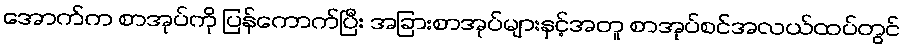
အောက်က စာအုပ်ကို ပြန်ကောက်ပြီး အခြားစာအုပ်များနှင့်အတူ စာအုပ်စင်အလယ်ထပ်တွင်